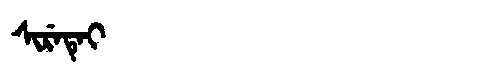
Manchu: ᠰᡳᡵᡝᡨᡝᡳ
Romanization: SIRETEI